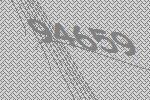
94659